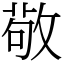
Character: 敬